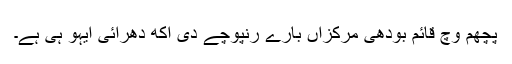
پچھم وچ قائم بودھی مرکزاں بارے رنپوچے دی اکھ دھرائی ایہو ہی ہے۔